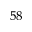
^ { 5 8 }